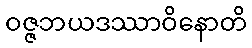
ဝဇ္ဇဘယဒဿာဝိနောတိ